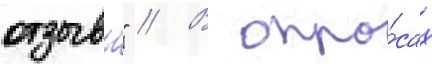
отзывы" // В опро́сах